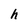
Character: h